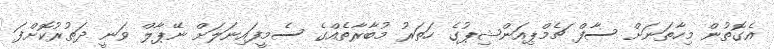
އެގޮތުން މިހާތަނަށް ސާފް ޗެމްޕިއަންޝިޕުގެ ހަތަރު މުބާރާތެއްގެ ސެމީފައިނަލަށް ނޭޕާލް ވަނީ ދަތުރުކޮށްފަ